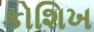
કોશિખ